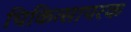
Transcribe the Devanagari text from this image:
चिकित्सापरक